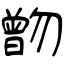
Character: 朆